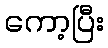
ကော့ပြီး